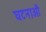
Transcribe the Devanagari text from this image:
घटनाऔं